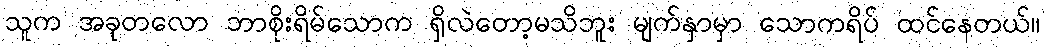
သူက အခုတလော ဘာစိုးရိမ်သောက ရှိလဲတော့မသိဘူး မျက်နှာမှာ သောကရိပ် ထင်နေတယ်။